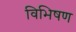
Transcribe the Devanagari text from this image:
विभिषण